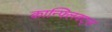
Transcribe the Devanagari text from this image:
कान्फ्लिक्ट्स